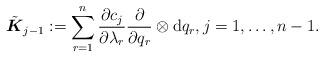
LaTeX: \begin{align*}\tilde{ \boldsymbol{K}}_{j-1}:=\sum_{r=1}^n \frac{\partial c_j}{\partial \lambda_r} \frac{\partial}{\partial q_r}\otimes \mathrm{d} q_r, j=1,\ldots,n-1 . \end{align*}